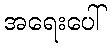
အရေးပေါ်